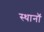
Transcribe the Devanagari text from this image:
स्थानॉ